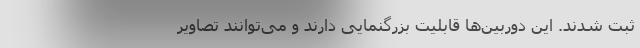
ثبت شدند. این دوربین‌ها قابلیت بزرگنمایی دارند و می‌توانند تصاویر